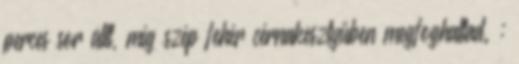
perces sor állt, míg szép fehér cérnakesztyűben megfoghattad. :